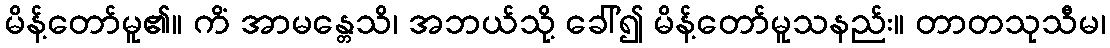
မိန့်တော်မူ၏။ ကိံ အာမန္တေသိ၊ အဘယ်သို့ ခေါ်၍ မိန့်တော်မူသနည်း။ တာတသုသီမ၊